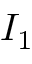
I _ { 1 }